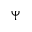
\Psi